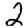
Digit: 2